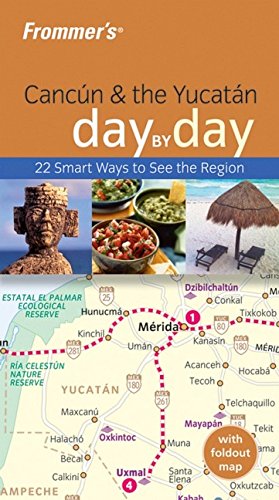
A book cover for Frommer's Cancun & the Yucatan Day by Day (Frommer's Day by Day - Pocket); Irene Sunley; Travel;